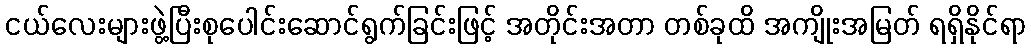
ငယ်လေးများဖွဲ့ပြီးစုပေါင်းဆောင်ရွက်ခြင်းဖြင့် အတိုင်းအတာ တစ်ခုထိ အကျိုးအမြတ် ရရှိနိုင်ရာ